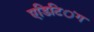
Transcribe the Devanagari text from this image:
एडिटिऺग